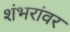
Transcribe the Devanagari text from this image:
शंभरांवर